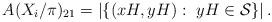
LaTeX: \begin{align*}A(X_i/\pi)_{21} =\left| \left\{ (xH,yH) :\ yH \in \mathcal{S} \right\} \right|.\end{align*}